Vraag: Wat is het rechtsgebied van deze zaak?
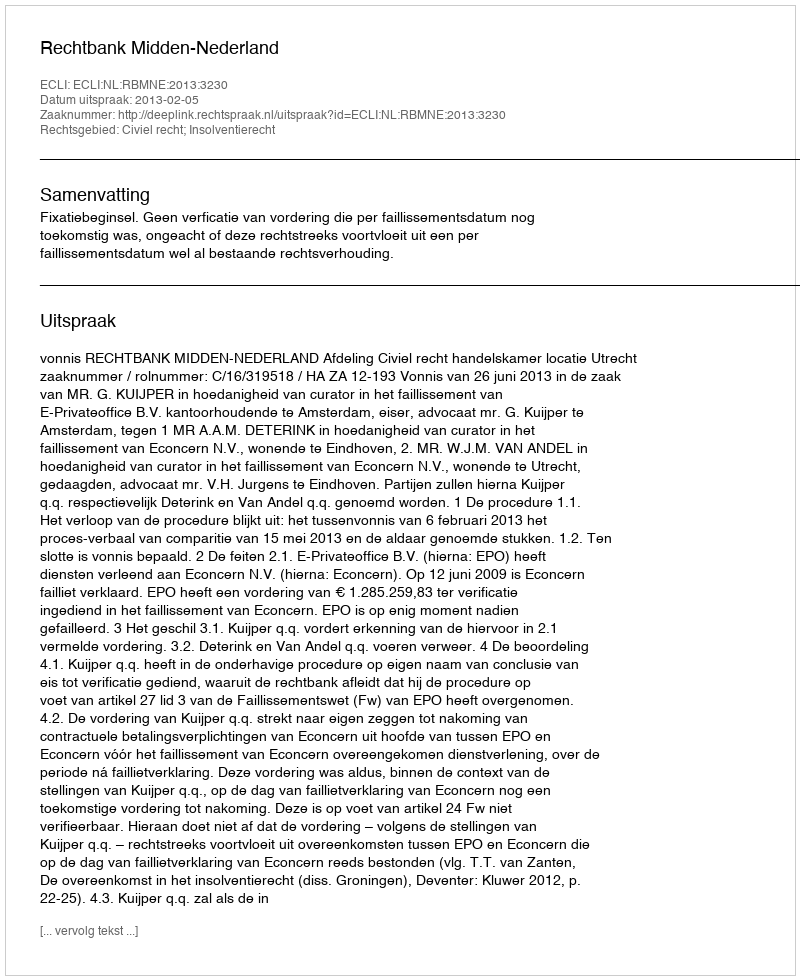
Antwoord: Civiel recht; Insolventierecht